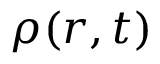
\rho ( r , t )